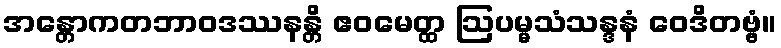
အန္တောကတဘာဝဒဿနန္တိ ဧဝမေတ္ထ ဩပမ္မသံသန္ဒနံ ဝေဒိတဗ္ဗံ။